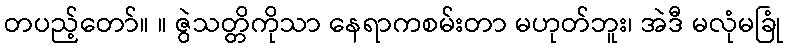
တပည့်တော်။ ။ ဇွဲသတ္တိကိုသာ နေရာကစမ်းတာ မဟုတ်ဘူး၊ အဲဒီ မလုံမခြုံ